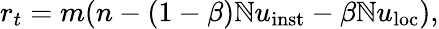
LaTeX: r_{t}=m(n-(1-\beta)\mathbb{N}u_{\mathrm{{{inst}}}}-\beta\mathbb{N}u_{\mathrm{{{loc}}}}),